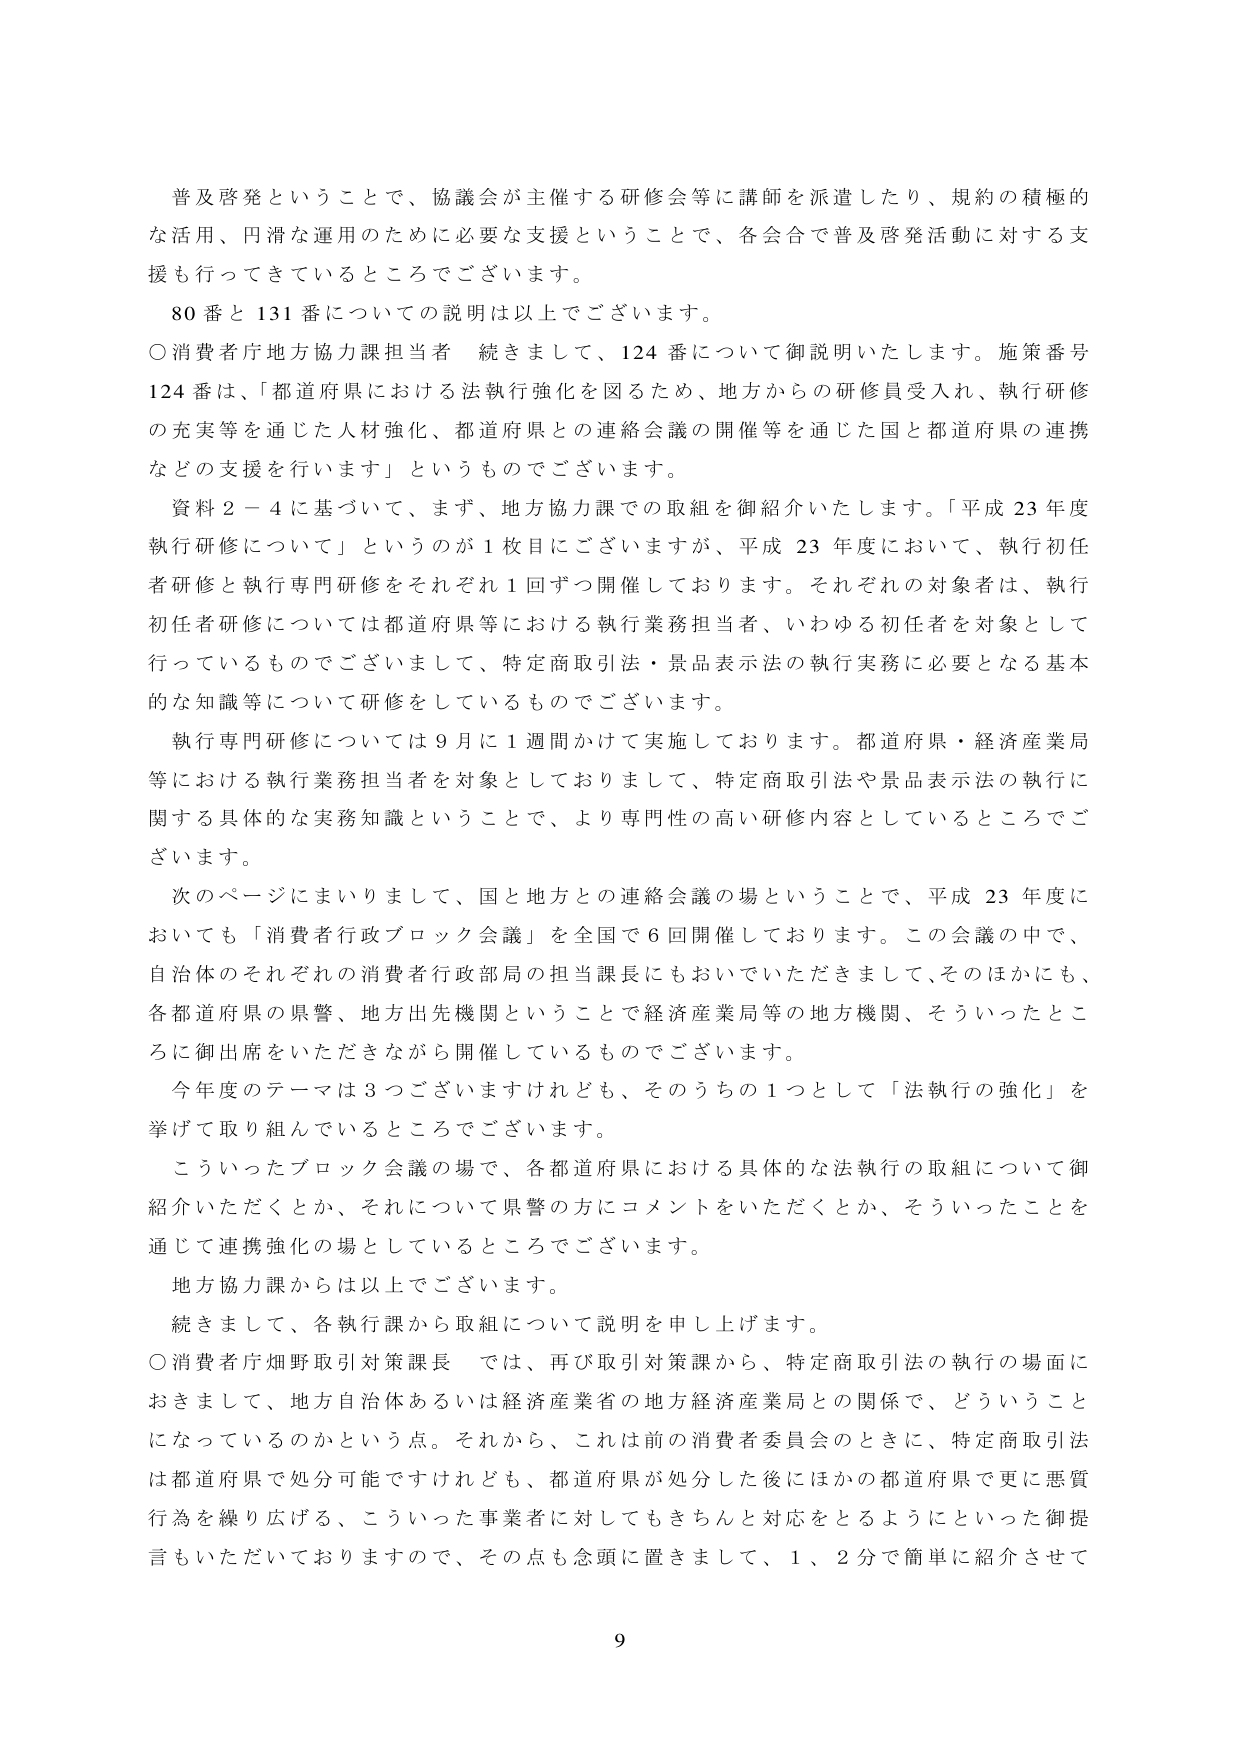
普及啓発ということで、協議会が主催する研修会等に講師を派遣したり、規約の積極的な活用、円滑な運用のために必要な支援ということで、各会合で普及啓発活動に対する支援も行ってきているところでございます。

80番と131番についての説明は以上でございます。

○消費者庁地方協力課担当者　続きまして、124番について御説明いたします。施策番号124番は、「都道府県における法執行強化を図るため、地方からの研修員受入れ、執行研修の充実等を通じた人材強化、都道府県との連絡会議の開催等を通じた国と都道府県の連携などの支援を行います」というものでございます。

資料2－4に基づいて、まず、地方協力課での取組を御紹介いたします。「平成23年度執行研修について」というのが1枚目にございますが、平成23年度において、執行初任者研修と執行専門研修をそれぞれ1回ずつ開催しております。それぞれの対象者は、執行初任者研修については都道府県等における執行業務担当者、いわゆる初任者を対象として行っているものでございまして、特定商取引法・景品表示法の執行実務に必要となる基本的な知識等について研修をしているものでございます。

執行専門研修については9月に1週間かけて実施しております。都道府県・経済産業局等における執行業務担当者を対象としておりまして、特定商取引法や景品表示法の執行に関する具体的な実務知識ということで、より専門性の高い研修内容としているところでございます。

次のページにまいりまして、国と地方との連絡会議の場ということで、平成23年度においても「消費者行政ブロック会議」を全国で6回開催しております。この会議の中で、自治体のそれぞれの消費者行政部局の担当課長にもおいでいただきまして、そのほかにも、各都道府県の県警、地方出先機関ということで経済産業局等の地方機関、そういったところに御出席をいただきながら開催しているものでございます。

今年度のテーマは3つございますけれども、そのうちの1つとして「法執行の強化」を挙げて取り組んでいるところでございます。

こういったブロック会議の場で、各都道府県における具体的な法執行の取組について御紹介いただくとか、それについて県警の方にコメントをいただくとか、そういったことを通じて連携強化の場としているところでございます。

地方協力課からは以上でございます。

続きまして、各執行課から取組について説明を申し上げます。

○消費者庁畑野取引対策課長　では、再び取引対策課から、特定商取引法の執行の場面におきまして、地方自治体あるいは経済産業省の地方経済産業局との関係で、どういうことになっているのかという点。それから、これは前の消費者委員会のときに、特定商取引法は都道府県で処分可能でけれども、都道府県が処分した後にはかの都道府県で更に悪質行為を繰り広げる、こういった事業者に対してもきちんと対応をとるようにといった御提言もいただいておりますので、その点も念頭に置きまして、1、2分で簡単に紹介させて

9